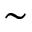
\sim